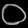
Digit: ၀